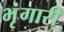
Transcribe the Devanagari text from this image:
भृंगारी